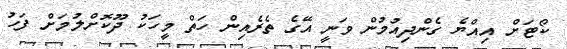
ކޯޓަށް އިއްޔެ ގެންދިއުމުން ވަނީ އޭގެ ތެރެއިން ހަތް މީހަކު ދޫކޮށްލުމަށް ފަހު